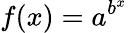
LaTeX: f(x)=a^{b^{x}}